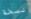
نسخة